Lunatic asylums Madras 1892-1911 - 1892-1911
Year: 1892
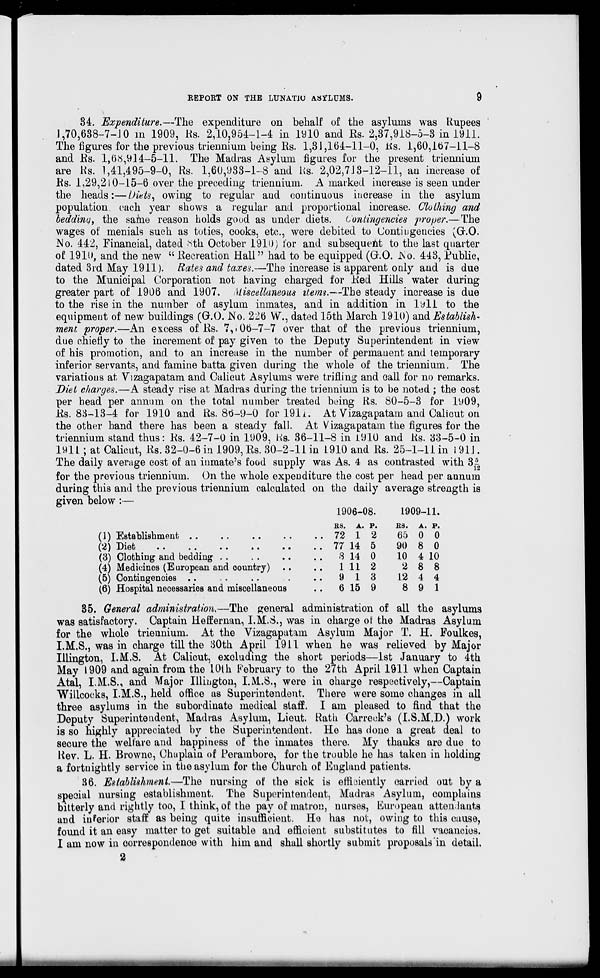
EEPORT ON THE LUNATJU ASYLUMS.
34. Expenditure.—The expenditure on behalf of the asylums was Rupees
1,70,638-7-JO in 1909, Rs. 2,10,954-1-4 in 1910 and Es. 2,37,918-5-3 in 1911.
The figures for the previous triennium being Rs. 1,31,164-11-0, Ks. 1,60,167-11-8
and Es. 1,68,914-5-11. The Madras Asylum figures for the present triennium
are Hs. 1,41,495-9-0, Rs. 1,60,933-1-8 and Rs. 2,02,713-12-11, an increase of
Es. 1,29,210-15-6 over the preceding triennium. A marked increase is seen under
the heads:—Diets ^ owing to regular and continuous increase in the asylum
population each year shows a regular and proportional increase. Clothing and
bedding, the same reason holds good as under diets. Contingencies proper.—The
wages of menials such as toties, cooks, etc., were debited to Contingencies ^Gr.O.
JNo. 442, Financial, dated 8th October 1910) tor and subsequent to the last quarter
of 191U, and the new " Recreation Hall" had to be equipped (G.O. JSo. 448, Public,
dated 3rd May 1911). Rates and taxes.—The increase is apparent only and is due
to the Municipal Corporation not having charged for Eed Hills water during
greater part of 1906 and 1907. Miscellaneous items.—The steady increase is due
to the rise in the number of asylum inmates, and in addition in lyll to the
equipment of new buildings (G.O. No. 226 W., dated 15th March 1910) and Establish-
ment proper.—An excess of Es. 7,• 06—7—7 over that of the previous triennium,
due chiefly to the increment of pay given to the Deputy Superintendent in view
of his promotion, and to an increase in the number of permanent and temporary
inferior servants, and famine batta given during the whole of the triennium. The
variations at Vizagapatam and Calicut Asylums were trifling and call for no remarks.
Diet charges.—A steady rise at Madras during the triennium is to be noted ; the cost
per head per annum on the total number treated being Ks. 80-5-3 for 1909,
Es. 88-13-4 for 1910 and Rs. 86-9-0 for 191i. At Vizagapatam and Calicut on
the other hand there has been a steady fall. At V izagapatam the figures for the
triennium stand thus: Es. 42-7-0 in 1909, Rs. 36-11-8 in 1910 and Es. 33-5-0 in
1911 ; at Calicut, Es. 32-0-6 in 1909, Es. 30-2-11 in 1910 and Es. 25-1-11 in 1911.
The daily average cost of an inmate's food supply was As. 4 as contrasted with S~
for the previous triennium. On the whole expenditure the cost per head per annum
during this and the previous triennium calculated on the daily average strength is
given below :—
1906-08.
1909-11.
(1) Establishment . .
(2) Diet
(3) Clothing and bedding
(4) Medicines (European and country)
(5) Contingencies . .
(6) Hospital neoessai'ies and miscellaneous
35. General administration.—The general administration of all the asylums
was satisfactory. Captain Heffernan, I.M.S., was in charge of the Madras Asylum
for the whole triennium. At the Vizagapatam Asylum Major T. H. Fouikes,
I.M.S., was in charge till the iiOth April 1911 when he was relieved by Major
Illington, I.M.S. At Calicut, excluding the short periods—1st January to 4th
May 1909 and again from the 10th February to the 27th April 1911 when Captain
Atal, I.M.S., and Major Illington, I.M.S., were in charge respectively,—Captain
Willoooks, I.M.S., held office as Superintendent. There were some changes in all
three asylums in the subordinate medical staff. I am pleased to find that the
Deputy Superintendent, Madras Asylum, Lieut. Rath Carreok's (I.S.M.D.) work
is so highly appreciated by the Superintendent. He has done a great deal to
secure the welfare and happiness of the inmates there. My thanks are due to
Rev. L. H. Browne, Chuplain of Eerambore, for the trouble he has taken in holding
a fortnightly service in the asylum for the Church of England patients.
36. Establishment—The nursing of the sick is efficiently carried out by a
special nursing establishment. The Superintendent, Madras Asylum, complains
bitterly and rightly too, I think, of the pay of matron, nurses, European attendants
and inferior staff as being quite insufficient. Ho has not, owing to this cause,
found it an easy matter to get suitable and efficient substitutes to fill vacancies.
I am now in correspondence with him and shall shortly submit proposals in detail.
ES. JL. p.
ES. A. p.
72 1 2
65 0 0
77 14 5
90 8 0
3 14 0
10 4 10
1 11 2
2 8 8
9 1 3
12 4 4
6 15 9
8 9 1